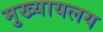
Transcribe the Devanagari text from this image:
मुख्यायलय